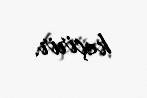
keçirir.